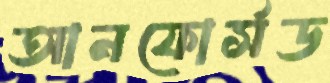
আনফোর্সড